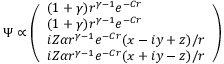
\Psi \propto { \left( \begin{array} { l } { ( 1 + \gamma ) r ^ { \gamma - 1 } e ^ { - C r } } \\ { ( 1 + \gamma ) r ^ { \gamma - 1 } e ^ { - C r } } \\ { i Z \alpha r ^ { \gamma - 1 } e ^ { - C r } ( x - i y + z ) / r } \\ { i Z \alpha r ^ { \gamma - 1 } e ^ { - C r } ( x + i y - z ) / r } \end{array} \right) }